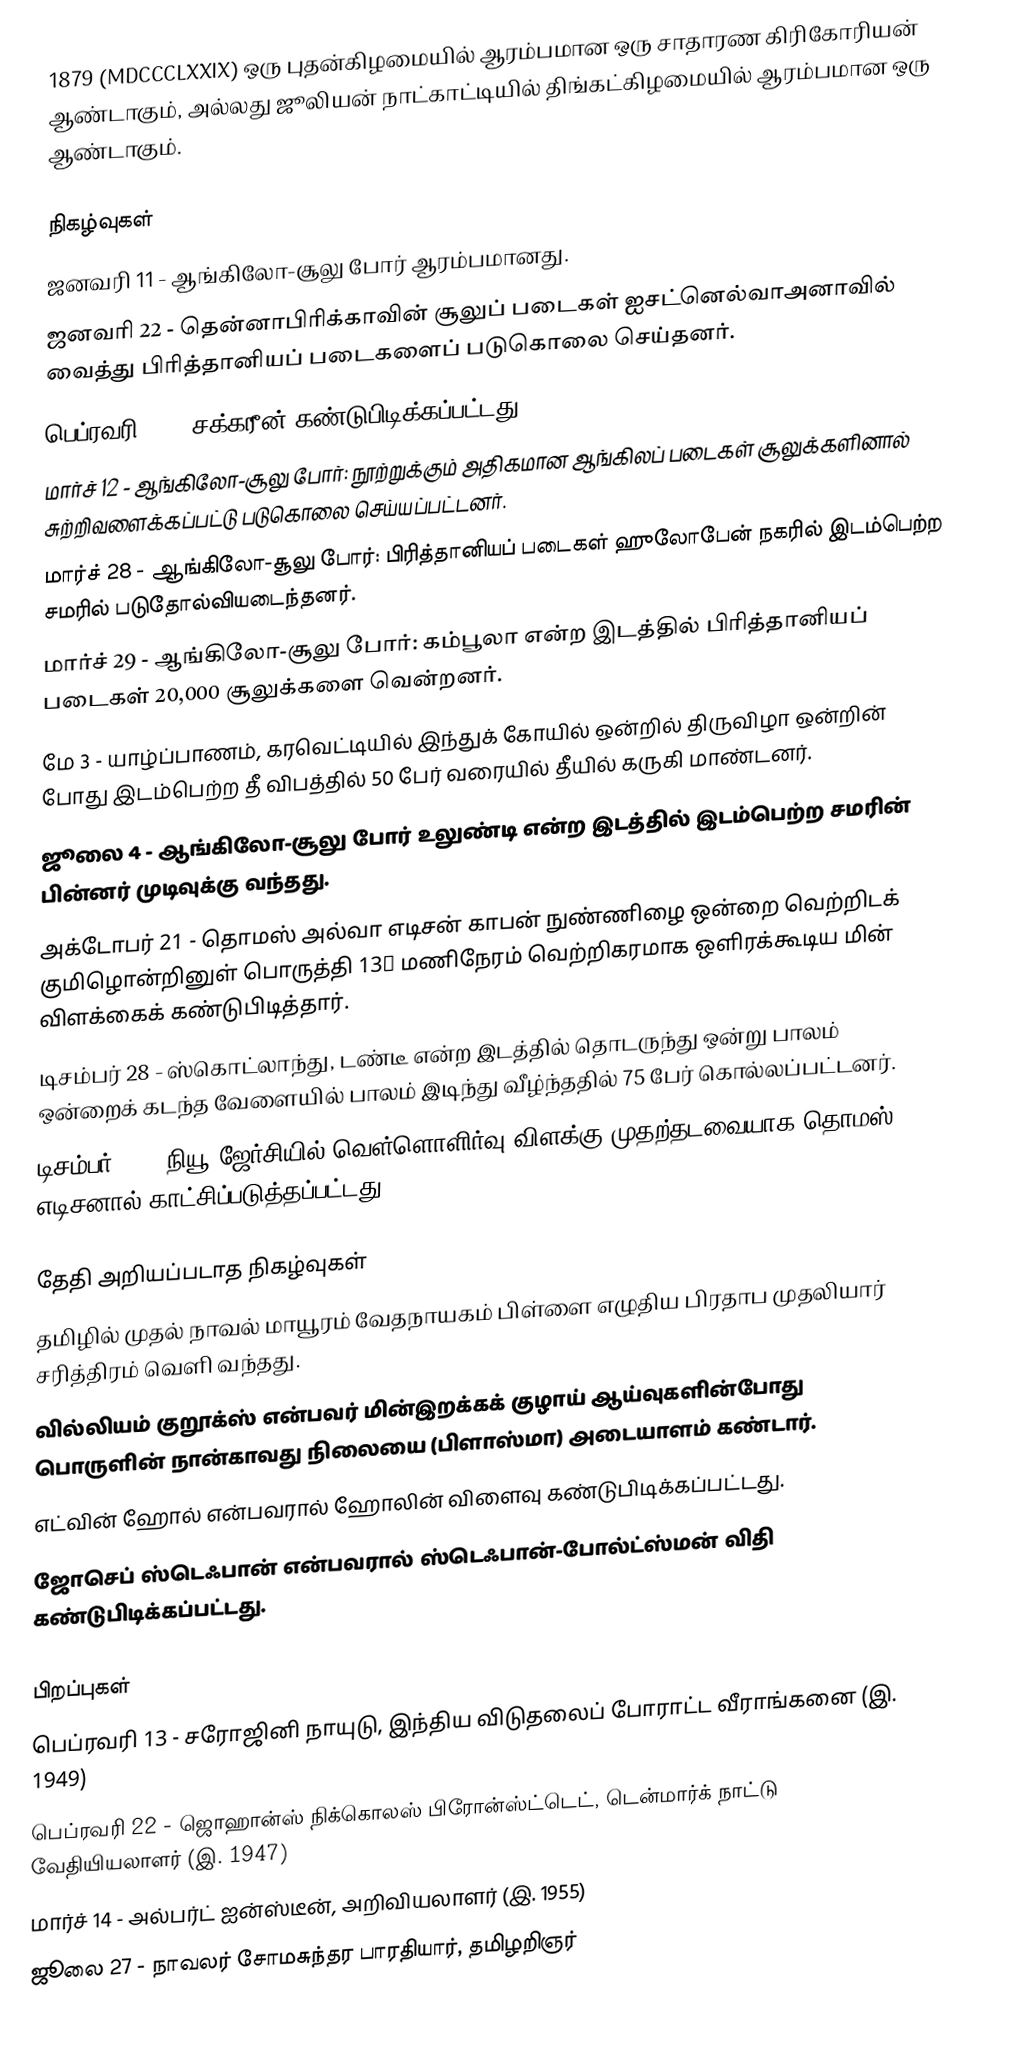
1879  (MDCCCLXXIX) ஒரு புதன்கிழமையில் ஆரம்பமான ஒரு சாதாரண கிரிகோரியன் ஆண்டாகும், அல்லது ஜூலியன் நாட்காட்டியில் திங்கட்கிழமையில் ஆரம்பமான ஒரு ஆண்டாகும்.

நிகழ்வுகள்
 ஜனவரி 11 - ஆங்கிலோ-சூலு போர் ஆரம்பமானது.
 ஜனவரி 22 - தென்னாபிரிக்காவின் சூலுப் படைகள் ஐசட்னெல்வாஅனாவில் வைத்து பிரித்தானியப் படைகளைப் படுகொலை செய்தனர்.
 பெப்ரவரி 27 - சக்கரீன் கண்டுபிடிக்கப்பட்டது.
 மார்ச் 12 - ஆங்கிலோ-சூலு போர்: நூற்றுக்கும் அதிகமான ஆங்கிலப் படைகள் சூலுக்களினால் சுற்றிவளைக்கப்பட்டு படுகொலை செய்யப்பட்டனர்.
 மார்ச் 28 - ஆங்கிலோ-சூலு போர்: பிரித்தானியப் படைகள் ஹுலோபேன் நகரில் இடம்பெற்ற சமரில் படுதோல்வியடைந்தனர்.
 மார்ச் 29 - ஆங்கிலோ-சூலு போர்: கம்பூலா என்ற இடத்தில் பிரித்தானியப் படைகள் 20,000 சூலுக்களை வென்றனர்.
 மே 3 - யாழ்ப்பாணம், கரவெட்டியில் இந்துக் கோயில் ஒன்றில் திருவிழா ஒன்றின் போது இடம்பெற்ற தீ விபத்தில் 50 பேர் வரையில் தீயில் கருகி மாண்டனர்.
 ஜூலை 4 - ஆங்கிலோ-சூலு போர் உலுண்டி என்ற இடத்தில் இடம்பெற்ற சமரின் பின்னர் முடிவுக்கு வந்தது.
 அக்டோபர் 21 - தொமஸ் அல்வா எடிசன் காபன் நுண்ணிழை ஒன்றை வெற்றிடக் குமிழொன்றினுள் பொருத்தி 13½ மணிநேரம் வெற்றிகரமாக ஒளிரக்கூடிய மின் விளக்கைக் கண்டுபிடித்தார்.
 டிசம்பர் 28 - ஸ்கொட்லாந்து, டண்டீ என்ற இடத்தில் தொடருந்து ஒன்று பாலம் ஒன்றைக் கடந்த வேளையில் பாலம் இடிந்து வீழ்ந்ததில் 75 பேர் கொல்லப்பட்டனர்.
 டிசம்பர் 31 - நியூ ஜேர்சியில் வெள்ளொளிர்வு விளக்கு முதற்தடவையாக தொமஸ் எடிசனால் காட்சிப்படுத்தப்பட்டது.

தேதி அறியப்படாத நிகழ்வுகள்
 தமிழில் முதல் நாவல் மாயூரம் வேதநாயகம் பிள்ளை எழுதிய பிரதாப முதலியார் சரித்திரம் வெளி வந்தது.
 வில்லியம் குறூக்ஸ் என்பவர் மின்இறக்கக் குழாய் ஆய்வுகளின்போது பொருளின் நான்காவது நிலையை (பிளாஸ்மா) அடையாளம் கண்டார்.
 எட்வின் ஹோல் என்பவரால் ஹோலின் விளைவு கண்டுபிடிக்கப்பட்டது.
 ஜோசெப் ஸ்டெஃபான் என்பவரால் ஸ்டெஃபான்-போல்ட்ஸ்மன் விதி கண்டுபிடிக்கப்பட்டது.

பிறப்புகள்
 பெப்ரவரி 13 - சரோஜினி நாயுடு, இந்திய விடுதலைப் போராட்ட வீராங்கனை (இ. 1949)
 பெப்ரவரி 22 - ஜொஹான்ஸ் நிக்கொலஸ் பிரோன்ஸ்ட்டெட், டென்மார்க் நாட்டு வேதியியலாளர் (இ. 1947)
 மார்ச் 14 - அல்பர்ட் ஐன்ஸ்டீன், அறிவியலாளர் (இ. 1955)
 ஜூலை 27 - நாவலர் சோமசுந்தர பாரதியார், தமிழறிஞர்